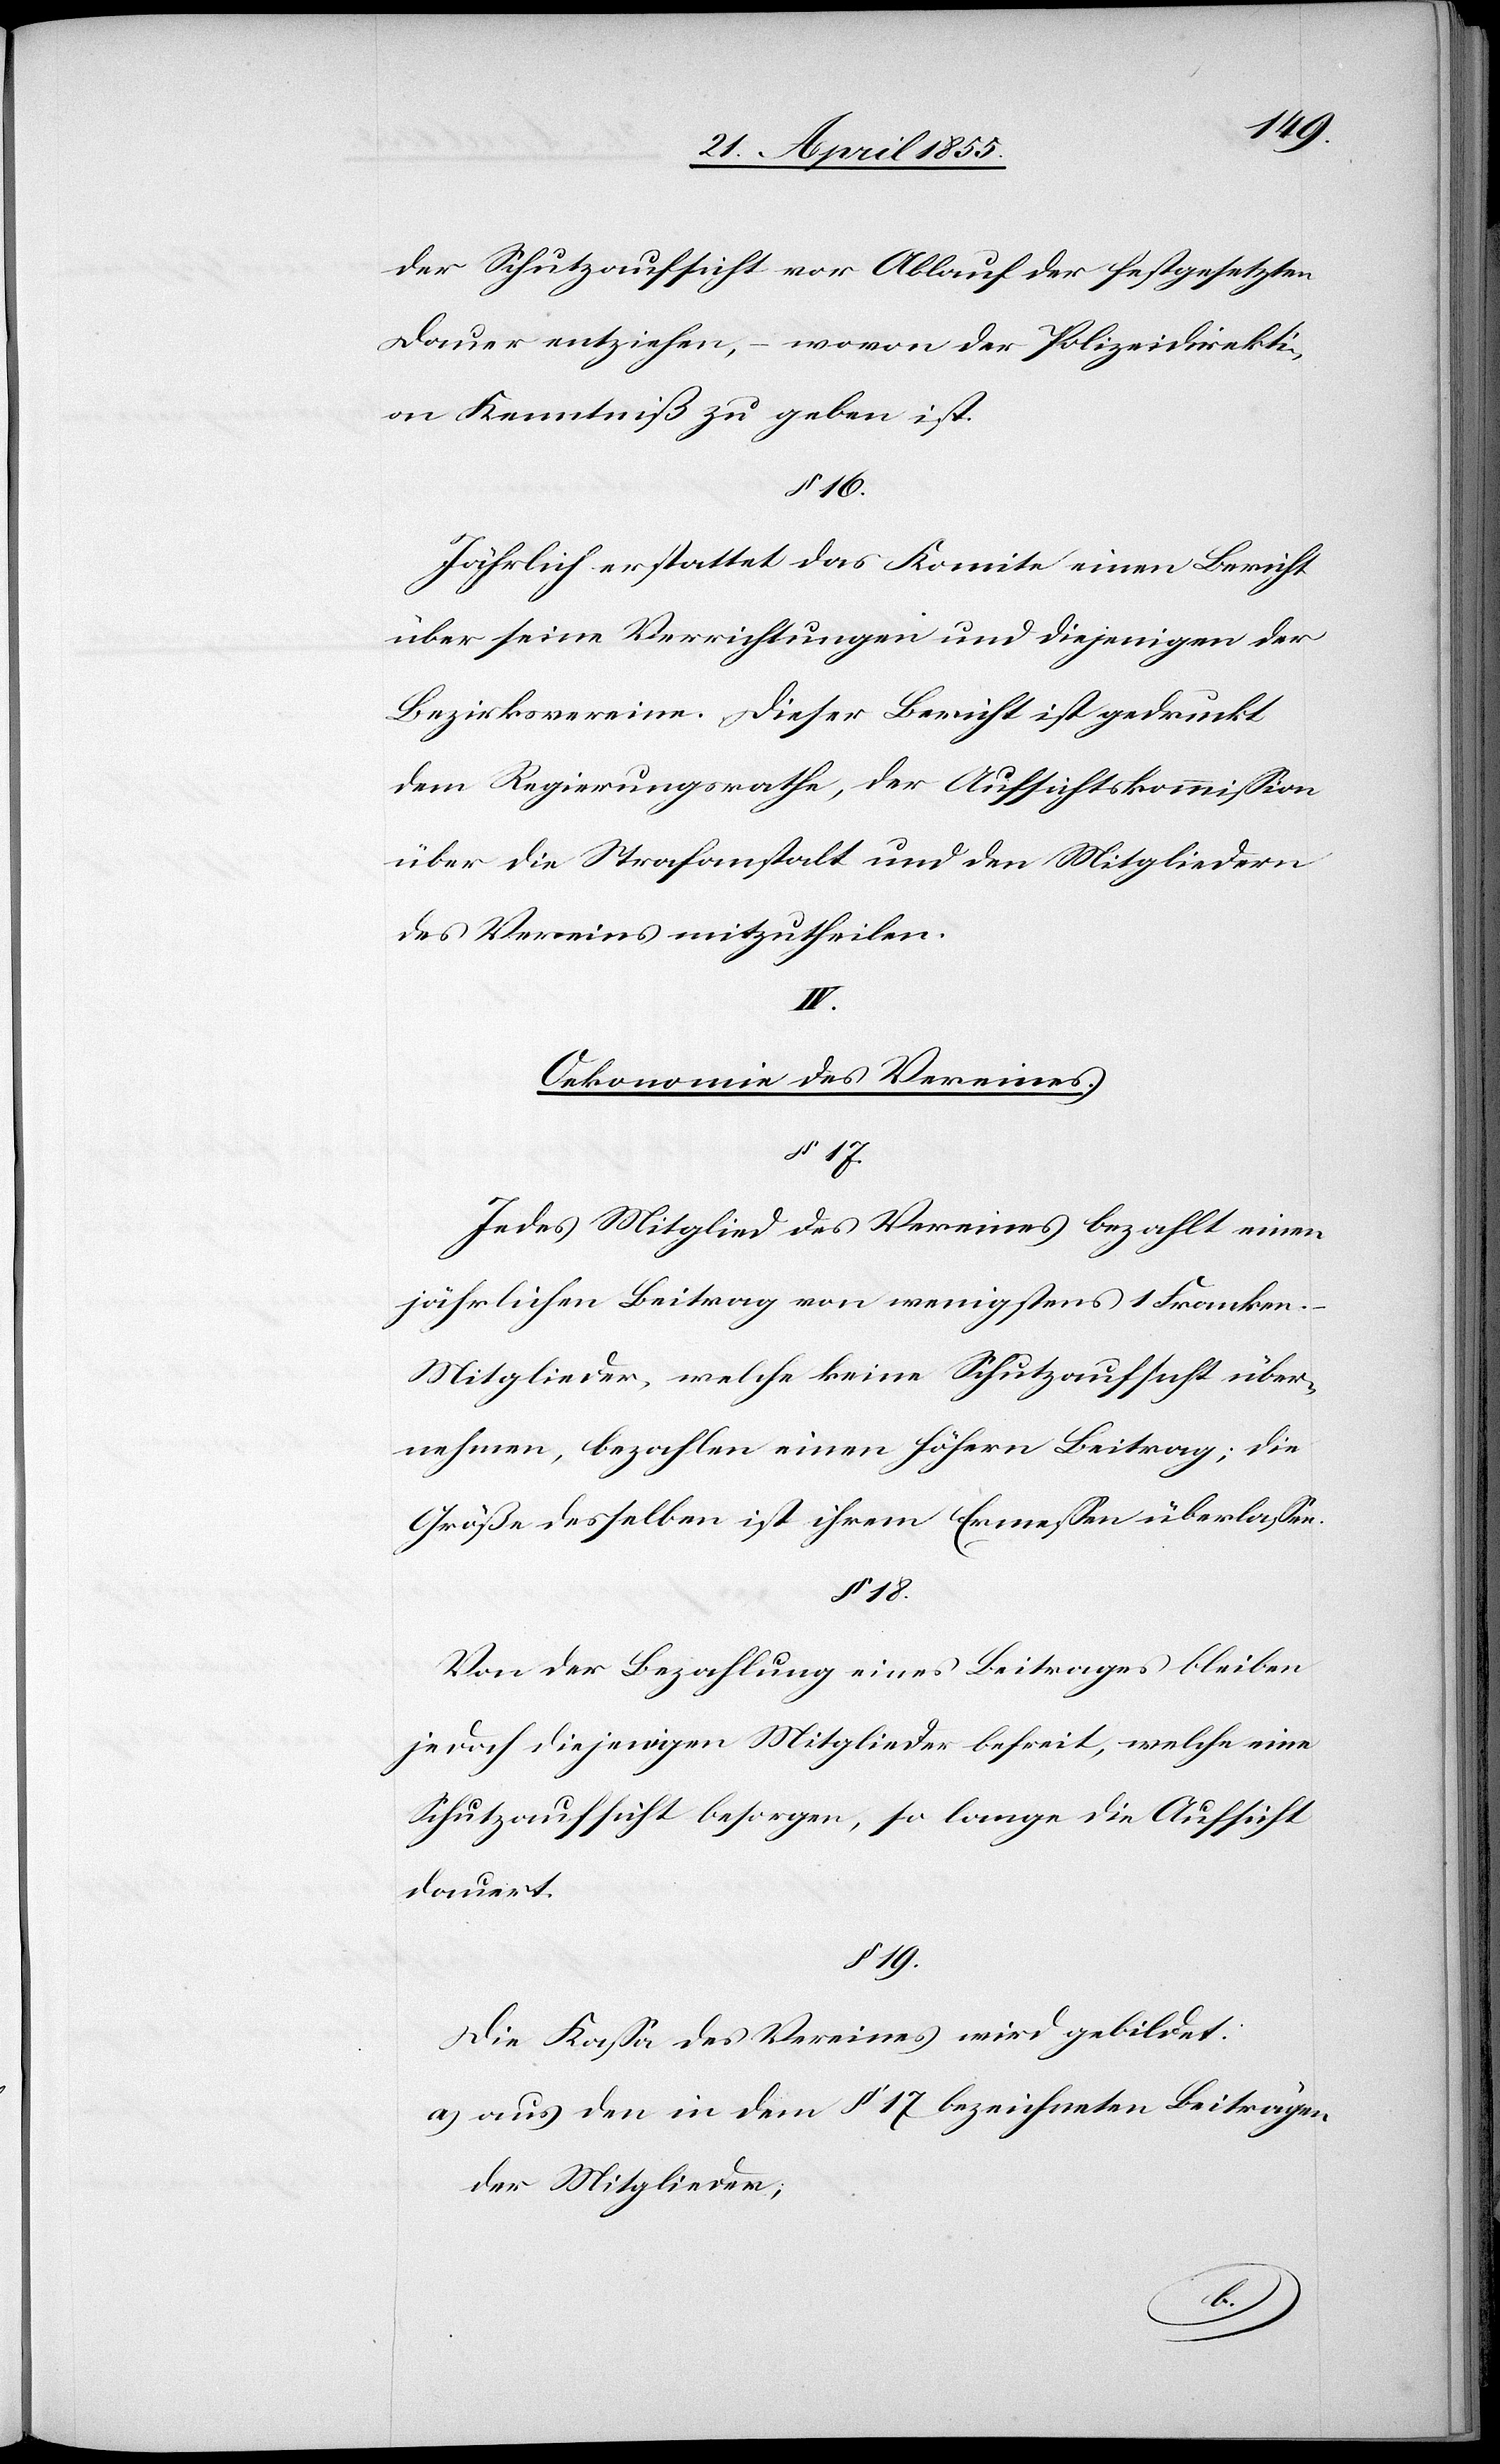
der Schutzaufsicht vor Ablauf der festgesetzten
Dauer entziehen, – wovon der Polizeidirekti¬
on Kenntniß zu geben ist.
§ 16.
Jährlich erstattet das Komite einen Bericht
über seine Verrichtungen und diejenigen der
Bezirksvereine. Dieser Bericht ist gedruckt
dem Regierungsrathe, der Aufsichtskommission
über die Strafanstalt und den Mitgliedern
des Vereins mitzutheilen.
IV.
Oekonomie des Vereines.
§ 18.
Jedes Mitglied des Vereines bezahlt einen
jährlichen Beitrag von wenigstens 1 Franken.
Mitglieder, welche keine Schutzaufsicht über¬
nehmen, bezahlen einen höhern Beitrag; die
Größe desselben ist ihrem Ermessen überlassen.
Von der Bezahlung eines Beitrages bleiben
jedoch diejenigen Mitglieder befreit, welche eine
Schutzaufsicht besorgen, so lange die Aufsicht
dauert.
§ 19.
Die Kassa des Vereines wird gebildet:
aus den in dem § 17 bezeichneten Beiträgen
der Mitglieder;